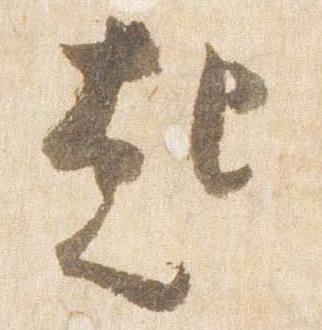
起